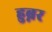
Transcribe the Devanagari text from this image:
हुब्नर